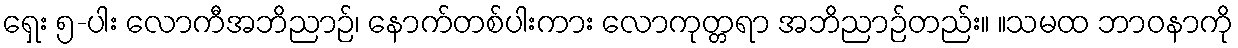
ရှေး ၅-ပါး လောကီအဘိညာဉ်၊ နောက်တစ်ပါးကား လောကုတ္တရာ အဘိညာဉ်တည်း။ ။သမထ ဘာဝနာကို